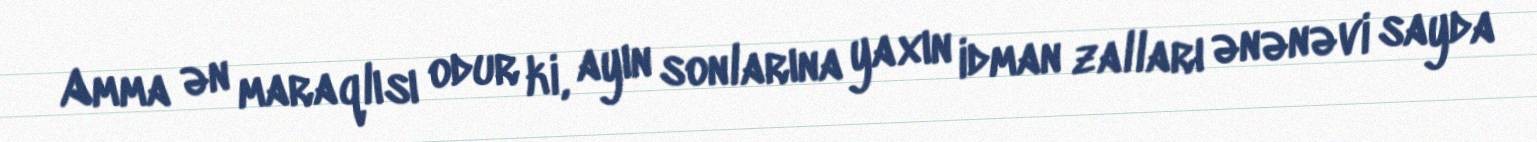
Amma ən maraqlısı odur ki, ayın sonlarına yaxın idman zalları ənənəvi sayda